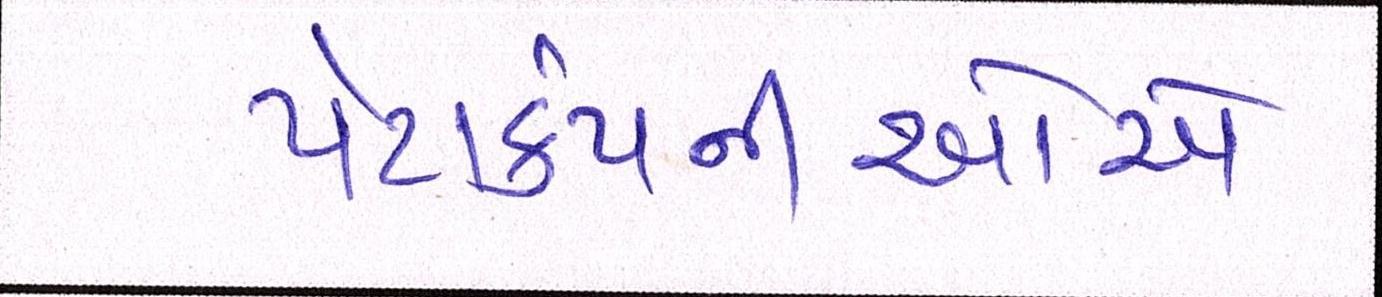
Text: પેટાકંપનીઓએ